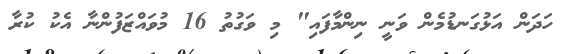
ހަދަން އަޅުގަނޑުމެން ވަނީ ނިންމާފައި" މި ވަގުތު 16 މުވައްޒަފުންނާ އެކު ކުރާ